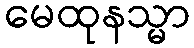
မေထုနသ္မာ